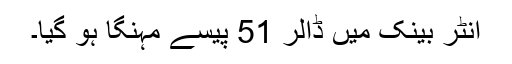
انٹر بینک میں ڈالر 51 پیسے مہنگا ہو گیا۔